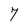
Character: 7